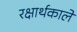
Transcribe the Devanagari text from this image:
रक्षार्थकाले